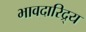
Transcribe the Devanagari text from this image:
भावदारिद्र्य